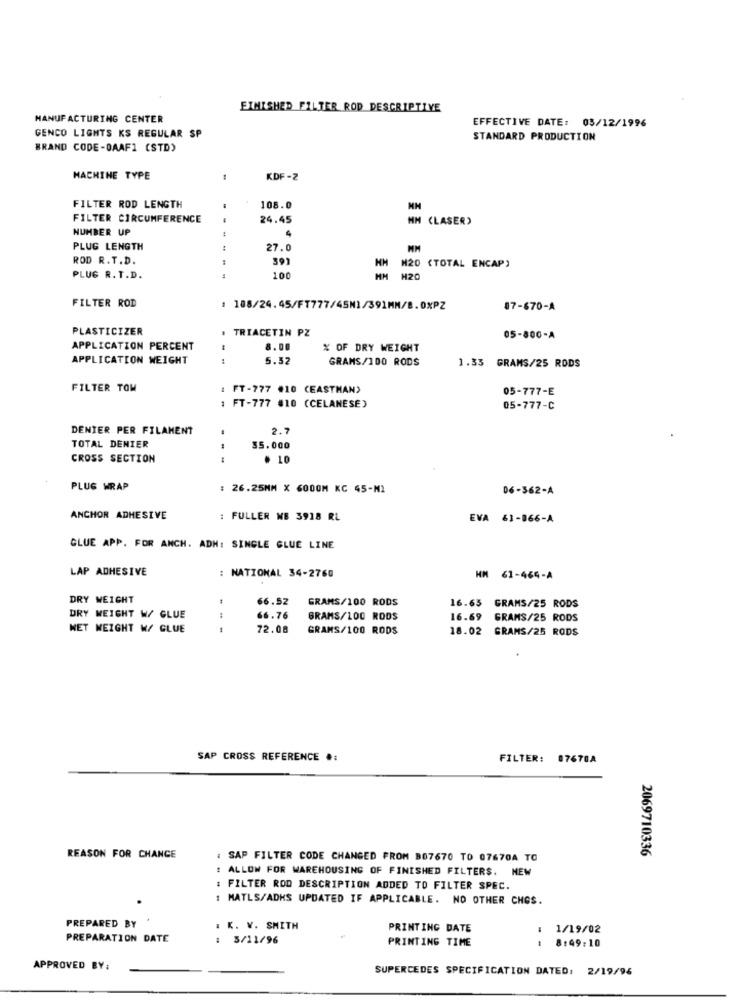
FINISHED FILTER ROD DESCRIPTIVE
MANUFACTURING CENTER
EFFECTIVE DATE: 05/12/1996
GENCO LIGHTS KS REGULAR SP
STANDARD PRODUCTION
BRAND CODE-OAAF1 (STD)
MACHINE TYPE
KDF -2
FILTER ROD LENGTH
108.0
FILTER CIRCUMFERENCE
--
24.45
MM (LASER)
NUMBER UP
4
PLUG LENGTH
27.0
ROD R.T.D.
391
M20 (TOTAL ENCAP)
PLUG R. T.D.
100
H20
FILTER ROD
1 188/24.45/FT777/45M3/391MM/B.0%PZ
07-670-A
PLASTICIZER
TRIACETIN PZ
05-800-A
APPLICATION PERCENT
8.00
% OF DRY WEIGHT
APPLICATION WEIGHT
5.52
GRAMS/100 RODS
1.33 GRAMS/25 RODS
FILTER TOM
: FT-777 #10 (EASTMAN)
05-777-E
FT-777 #10 (CELANESE)
05-777-C
DENIER PER FILAMENT
2.7
TOTAL DENIER
35.000
CROSS SECTION
. 10
PLUG WRAP
: 26.25MM X 6000M KC 45-MI
06-362-A
ANCHOR ADHESIVE
: FULLER MB 3918 RL
EVA 63-066-A
GLUE APP. FOR ANCH. ADH: SINGLE GLUE LINE
LAP ADHESIVE
: NATIONAL 34-2760
HM 61-464-A
DRY WEIGHT
66.52
GRAMS/100 RODS
16.65 GRAMS/25 RODS
DRY WEIGHT W/ GLUE
66.76
GRAMS/100 RODS
16.69 GRAMS/25 RODS
NET WEIGHT W/ GLUE
72.08
GRAMS/100 RODS
18.02 GRAMS/25 RODS
SAP CROSS REFERENCE .:
FILTER: 07670A
2069710336
REASON FOR CHANCE
: SAP FILTER CODE CHANGED FROM 807670 TO 07670A TO
ALLOW FOR WAREHOUSING OF FINISHED FILTERS. NEW
FILTER ROD DESCRIPTION ADDED TO FILTER SPEC.
: MATLS/ADKS UPDATED IF APPLICABLE. NO OTHER CHOS.
PREPARED BY
. K. V. SMITH
PRINTING DATE
1/19/02
PREPARATION DATE
: 5/11/96
PRINTING TIME
8:49:10
APPROVED BY:
SUPERCEDES SPECIFICATION DATED: 2/19/96